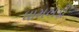
ધામખડી